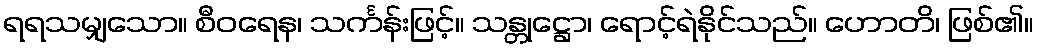
ရရသမျှသော။ စီဝရေန၊ သင်္ကန်းဖြင့်။ သန္တုဋ္ဌော၊ ရောင့်ရဲနိုင်သည်။ ဟောတိ၊ ဖြစ်၏။